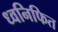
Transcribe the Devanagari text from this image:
ध्वनिफित